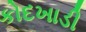
કોદખાડી